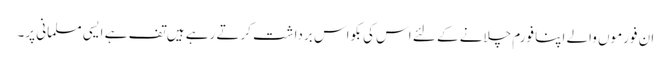
ان فورموں والے اپنا فورم چلانے کے لئے اس کی بکواس برداشت کرتے رہے ہیں تف ہے ایسی مسلمانی پر۔